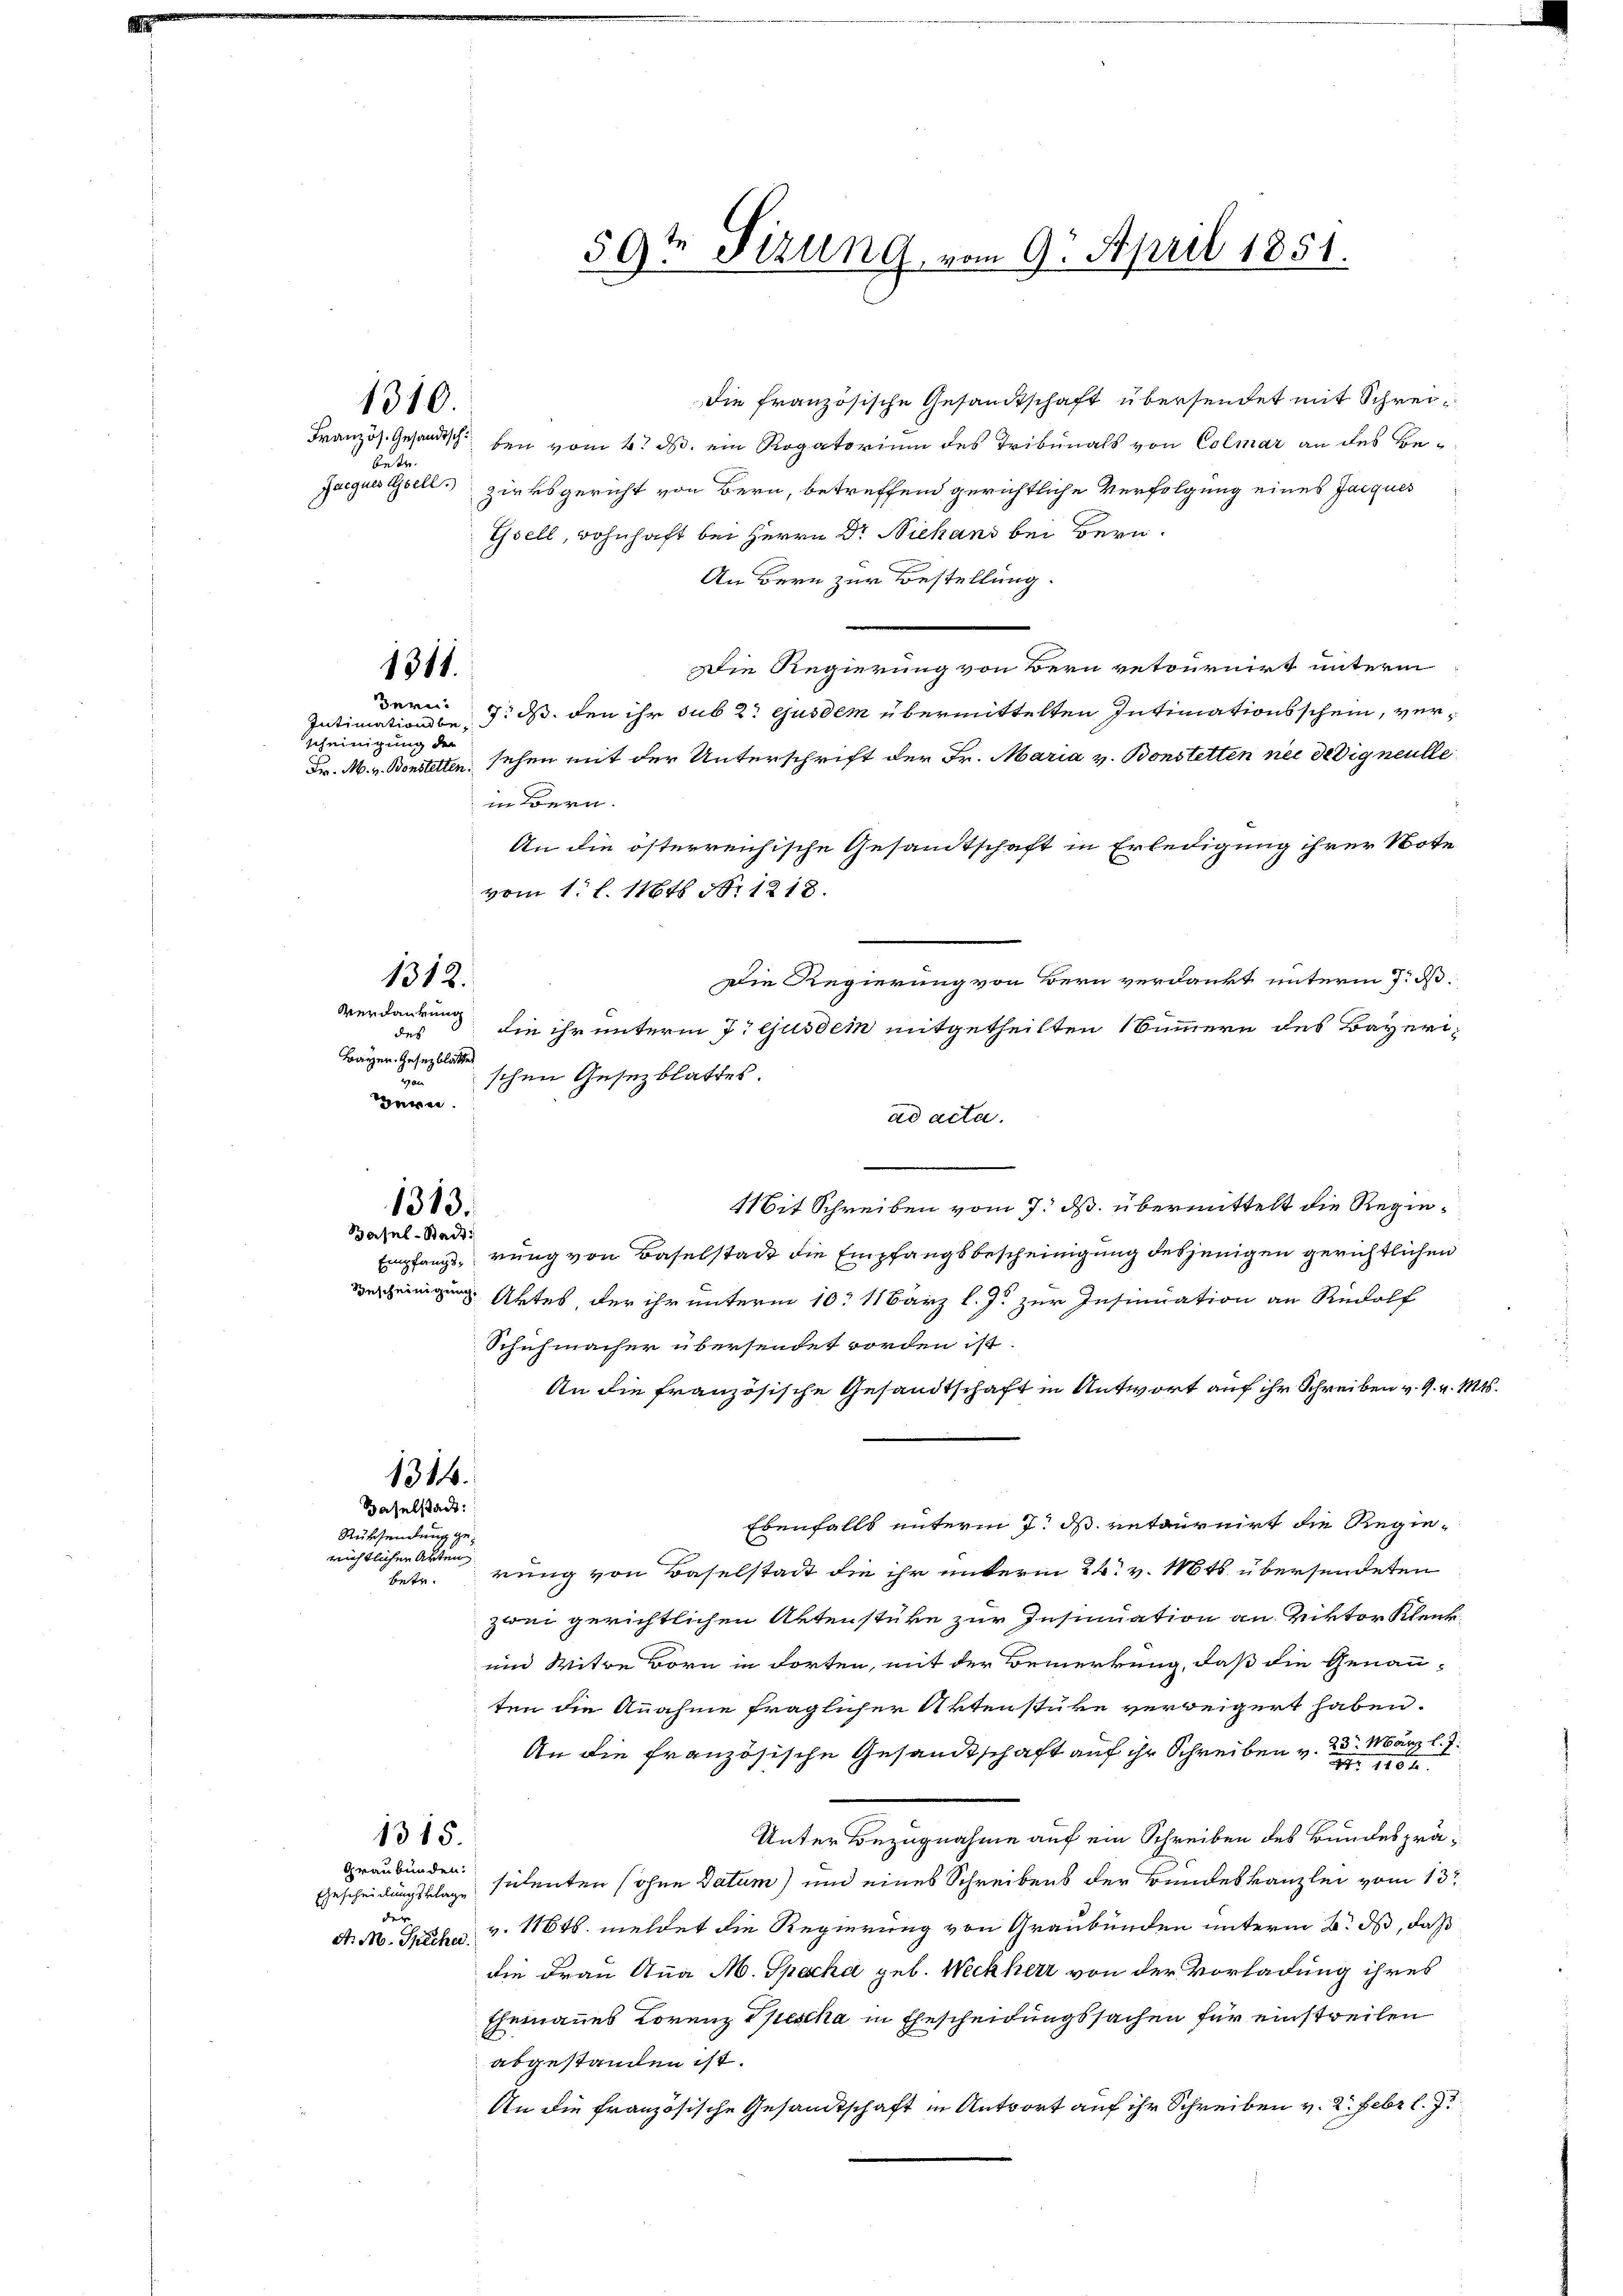
die französische Gesandtschaft übersendet mit Schreiben vom 4. ds. ein Rogatorium des Tribunals von Colmar an des Be¬
Jacques Gesells zirksgericht von Bern, betreffend gerichtliche Verfolgung eines Jacques
Gsell, wohnhaft bei Herrn Dr Niehans bei Bern.
An Bern zur Bestellung.
Die Regierung von Bern retournirt unterm
Bern 7. ds. den ihr sub 2. ejusdem übermittelten Intimationsschein, ver¬
Intimation be
scheinigung der
sehen mit der Unterschrift der Fr. Maria v. Bonstetten nec dedig neulle
in Bern.
An die österreichische Gesandtschaft in Erledigung ihrer Note
vom 1. l. 1164 N. 1218.
Die Regierung von Bern verdankt unterm 7. d.
Verdankung
die ihr unterm 7. ejusdem mitgetheilten Summern des Bayerides
Bayer. Gesezblätter
schen Gesezblattes.
in
Hern.
ad acta.
4it Schreiben vom 7. ds. übermittelt die Regie¬
Empfangs rung von Baselstadt die Empfangsbescheinigung desjenigen gerichtlichen
Bescheinigung Ortes der ihr unterm 10. März l. J. zur Insinuation an Rudolf
Schuhmacher übersendet worden ist.
An die französische Gesandtschaft in Antwort auf ihr Schreiben v. 9. v. Mts.
1314.
Haselstadt:
Ebenfalls unterm 7. d. retournirt die Regie¬
Rücksendung gerichtlichen Arten
rung von Baselstadt die ihr unterm 24. v. 16ts übersendeten
betr.
zwei gerichtlichen Aktenstüke zur Insinuation an Riktor Klenk¬
und Witwe Born in dorten, mit der Bemerkung, daß die Genauten die Annahme fraglicher Aktenstüke verweigert haben.
An die französische Gesandtschaft auf ihr Schreiben v. 23. März l. J.
Nr. 1864.
Unter Bezugnahme auf ein Schreiben des Bundesprä¬
1315.
Graubünden:
Gescheidungsklage sehenten ohne Datum) und eines Schreibens der Bundeskanzlei vom 13t
der
v. 116 t. meldet die Regierung von Graubünden unterm 3. ds, daß
S. M. Pecher.
die Frau Anna M. Specka geb. Weckherr von der Vorladung ihres
Ehemannes Lorenz Spescha in Ehescheidungssachen für einstweilen
abgestanden ist.
An die französische Gesandtschaft in Antwort auf ihr Schreiben v. 2. Febr l.

1310.

Französ. Gesandtsch
betr.

1311.

Fr. M. v. Bonstetten.

1312.

1313.
Basel-Stadt

59t Sizung vom 9. April 1851.